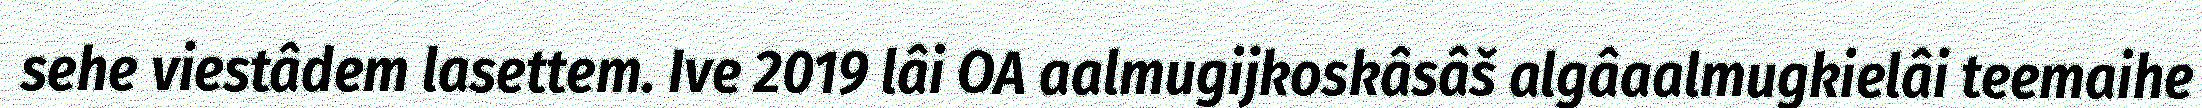
sehe viestâdem lasettem. Ive 2019 lâi OA aalmugijkoskâsâš algâaalmugkielâi teemaihe